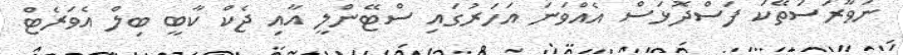
ނަވާރަސަތޭކަ ފަސްދޮޅަސް އެއްވަނަ އަހަރުގައި ސްޓޭންލީ އާއި ޖެކް ކާބީ ބިލް އެވަރެޓް